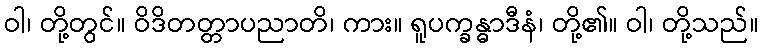
ဝါ၊ တို့တွင်။ ဝိဒိတတ္တာပညာတိ၊ ကား။ ရူပက္ခန္ဓာဒီနံ၊ တို့၏။ ဝါ၊ တို့သည်။